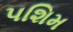
પશિમ